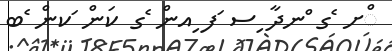
ްށ ެގ ްނދާ ިސ ަފ ިއން ެގ ކަން ަކން ެބ